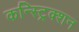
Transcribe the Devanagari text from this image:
कन्स्ट्रिक्शन